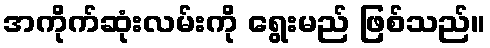
အကိုက်ဆုံးလမ်းကို ရွေးမည် ဖြစ်သည်။